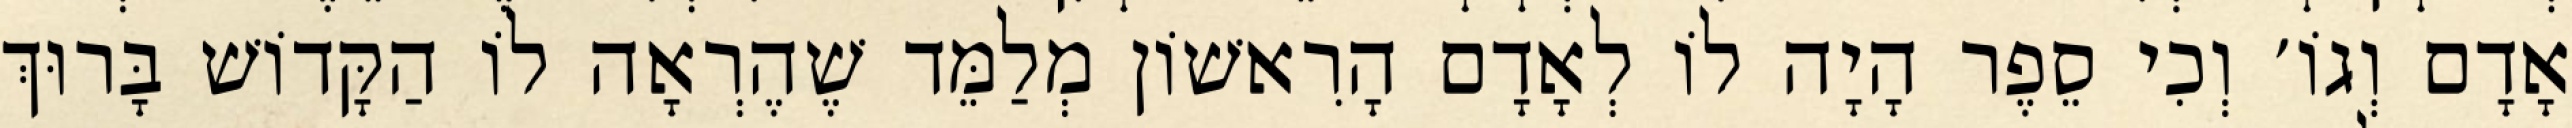
אָדָם וְגוֹ׳ וְכִי סֵפֶר הָיָה לוֹ לְאָדָם הָרִאשׁוֹן מְלַמֵּד שֶׁהֶרְאָה לוֹ הַקָּדוֹשׁ בָּרוּךְ